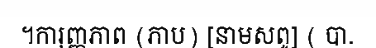
។ការុញ្ញភាព (ភាប) [នាមសព្ទ] ( បា.